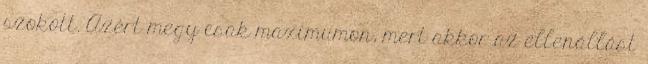
szokott. Azért megy csak maximumon, mert akkor az ellenállást